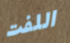
اللفت